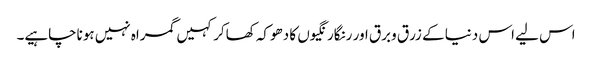
اس لیے اس دنیا کے زرق وبرق اور رنگارنگیوں کا دھوکہ کھاکر کہیں گمراہ نہیں ہوناچاہیے۔